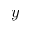
y